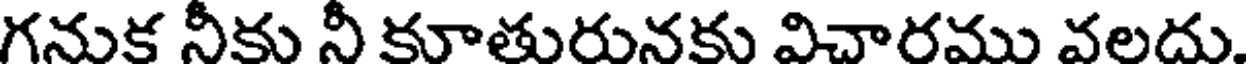
గనుక నీకు నీ కూతురునకు విచారము వలదు.